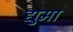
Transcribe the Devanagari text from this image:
द्युमा